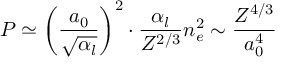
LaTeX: P \simeq \left( \frac { a _ { 0 } } { \sqrt { \alpha _ { l } } } \right) ^ { 2 } \cdot \frac { \alpha _ { l } } { Z ^ { 2 / 3 } } n _ { e } ^ { 2 } \sim \frac { Z ^ { 4 / 3 } } { a _ { 0 } ^ { 4 } }